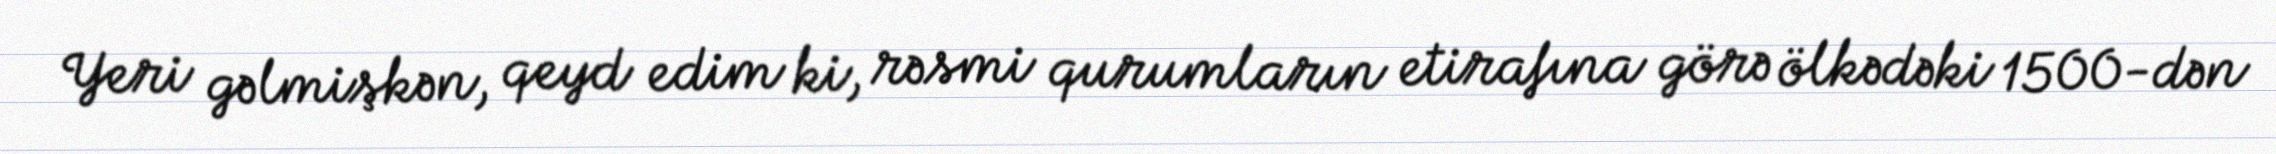
Yeri gəlmişkən, qeyd edim ki, rəsmi qurumların etirafına görə ölkədəki 1500-dən